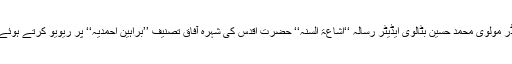
چنانچہ مشہور اہلحدیث لیڈر مولوی محمد حسین بٹالوی ایڈیٹر رسالہ ‘‘اشاعۃ السنہ‘‘ حضرت اقدس کی شہرۂ آفاق تصنیف ’’براہین احمدیہ‘‘ پر ریویو کرتے ہوئے آپ کے متعلق لکھتا ہے۔